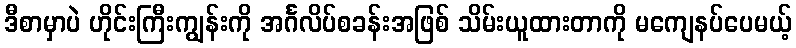
ဒီစာမှာပဲ ဟိုင်းကြီးကျွန်းကို အင်္ဂလိပ်စခန်းအဖြစ် သိမ်းယူထားတာကို မကျေနပ်ပေမယ့်